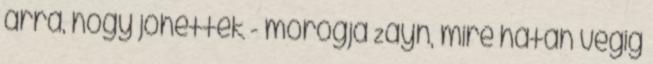
arra, hogy jöhettek - morogja Zayn, mire hátán végig